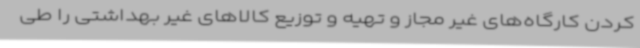
کردن کارگاه‌های غیر مجاز و تهیه و توزیع کالاهای غیر بهداشتی را طی